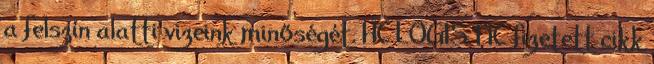
a felszín alatti vizeink minőségét. HC LOGISTIC fizetett cikk